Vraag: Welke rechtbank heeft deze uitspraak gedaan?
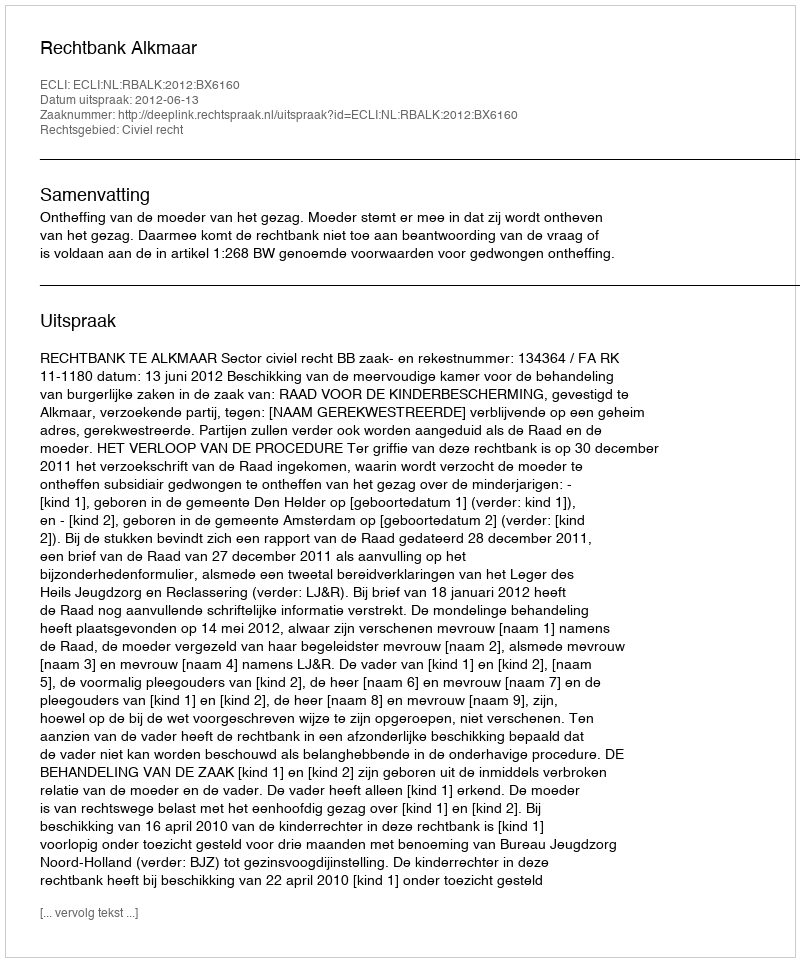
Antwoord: Rechtbank Alkmaar